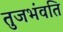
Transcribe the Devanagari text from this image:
तुजभंवति